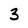
Character: 3